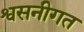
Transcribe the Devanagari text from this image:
श्वसनीगत